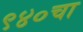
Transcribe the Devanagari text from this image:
९४०चा